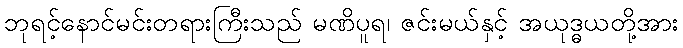
ဘုရင့်နောင်မင်းတရားကြီးသည် မဏိပူရ၊ ဇင်းမယ်နှင့် အယုဒ္ဓယတို့အား